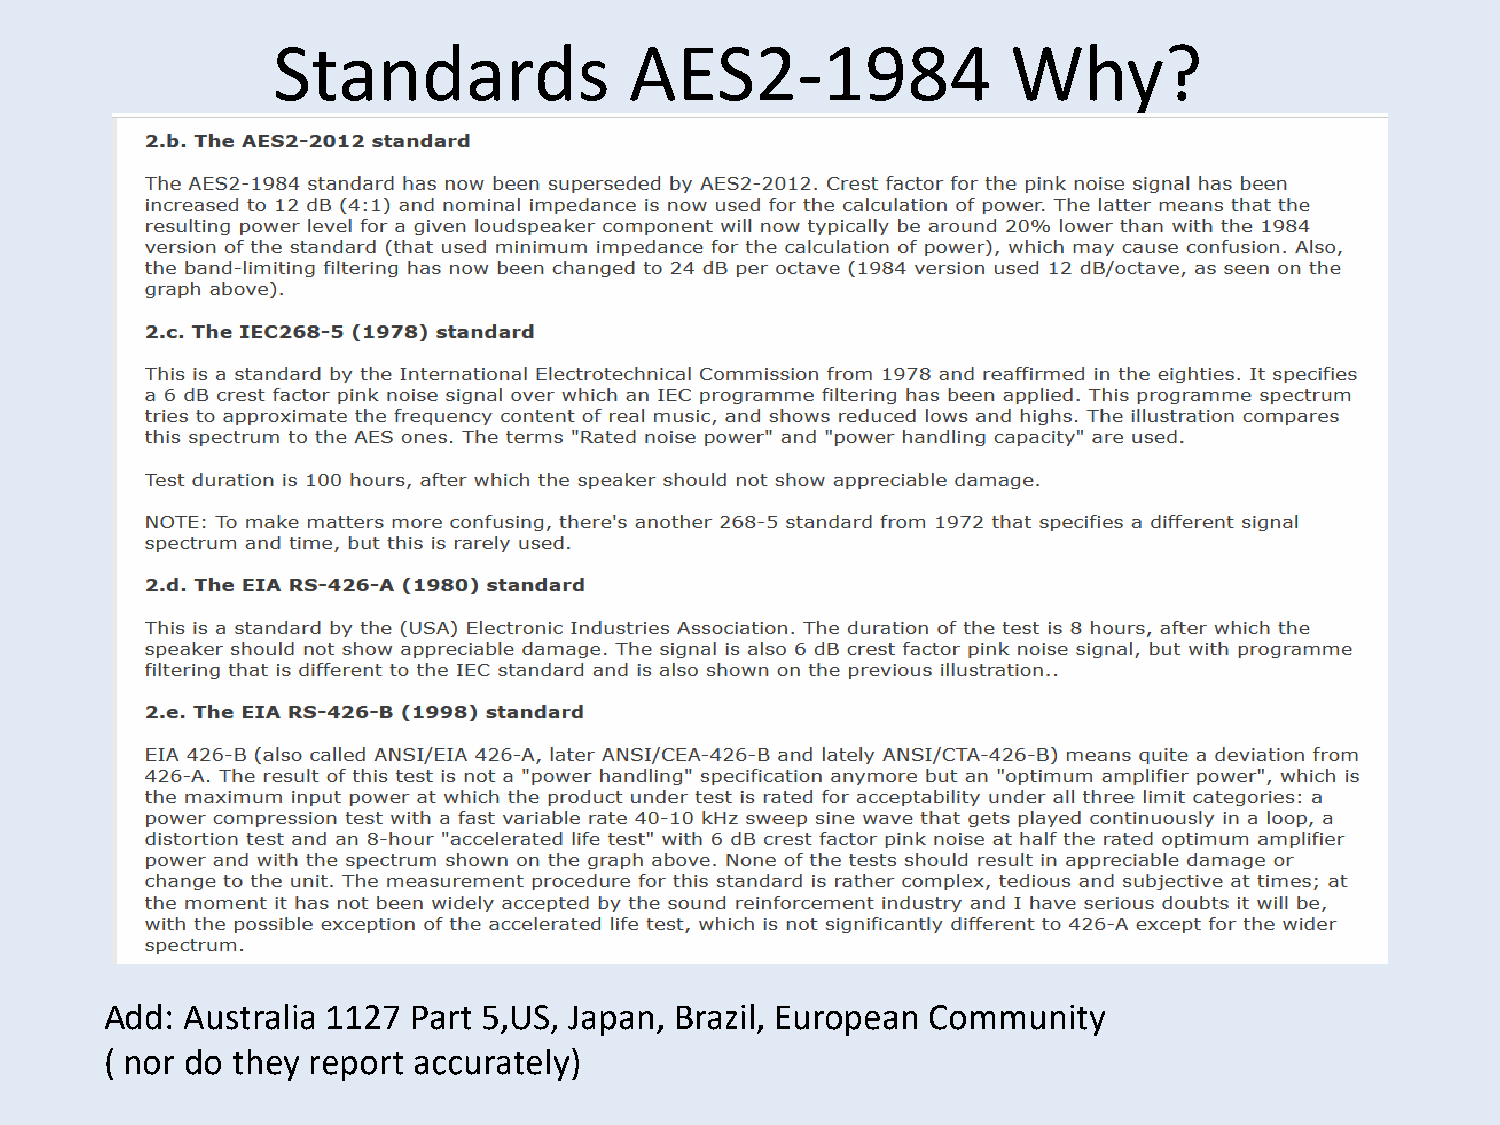
Standards               AES2-1984                Why?
 Add: Australia 1127 Part 5,US, Japan, Brazil, European Community
 ( nor do they report accurately)